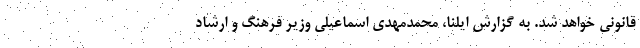
قانونی خواهد شد. به گزارش ایلنا، محمدمهدی اسماعیلی وزیر فرهنگ و ارشاد